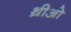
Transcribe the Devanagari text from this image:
थ़ीओ